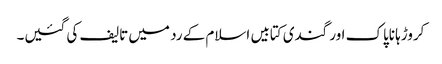
کروڑہا ناپاک اور گندی کتابیں اسلام کے رد میں تالیف کی گئیں۔